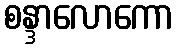
စန္ဒာလောကော